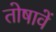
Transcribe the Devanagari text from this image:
तोषावें